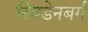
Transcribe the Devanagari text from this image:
स्विडेनबर्ग